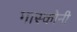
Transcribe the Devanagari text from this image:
गास्कोनी